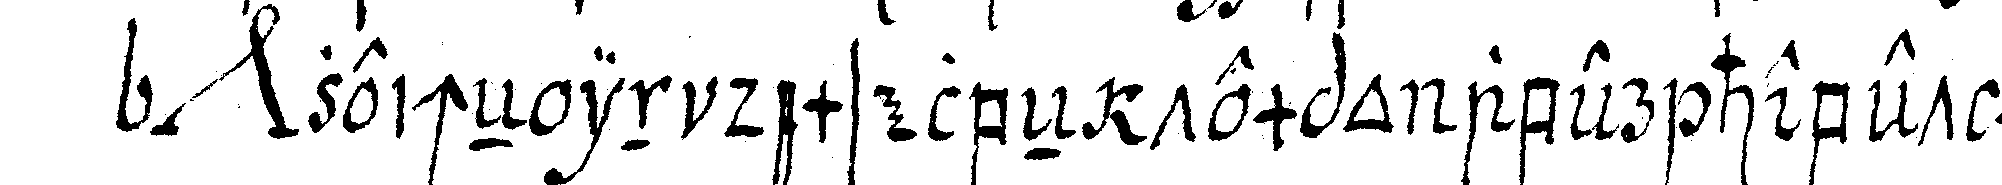
*nee* zeicheN in demselbeN tempo aber hebet man